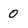
Character: 0